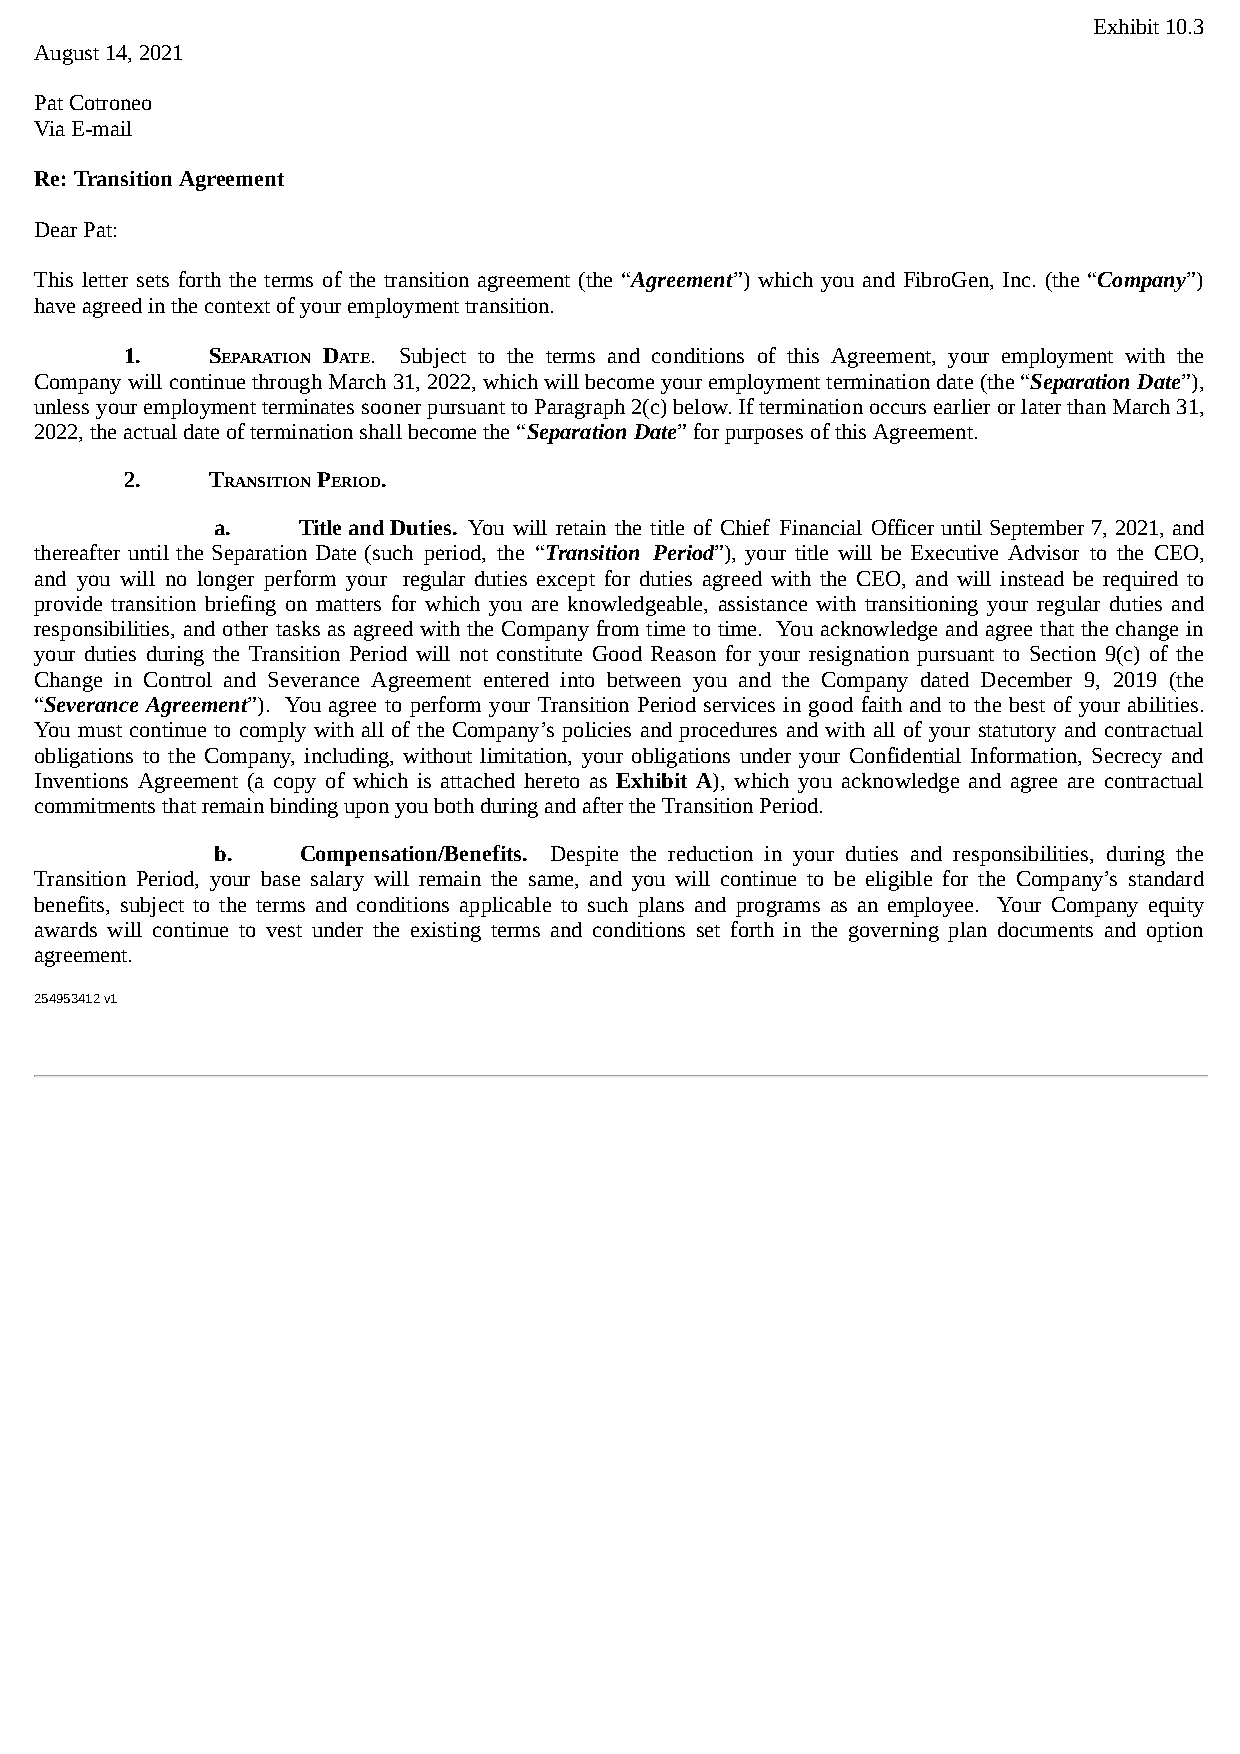
Exhibit 10.3
 August 14, 2021
 Pat Cotroneo
 Via E-mail
 Re: Transition Agreement
 Dear Pat:
 This letter sets forth the terms of the transition agreement (the “Agreement”) which you and FibroGen, Inc. (the “Company”)
 have agreed in the context of your employment transition.
 1.    SEPARATION DATE. Subject to the terms and conditions of this Agreement, your employment with the
 Company will continue through March 31, 2022, which will become your employment termination date (the “Separation Date”),
 unless your employment terminates sooner pursuant to Paragraph 2(c) below. If termination occurs earlier or later than March 31,
 2022, the actual date of termination shall become the “Separation Date” for purposes of this Agreement.
 2.    TRANSITION PERIOD.
 a.    Title and Duties. You will retain the title of Chief Financial Officer until September 7, 2021, and
 thereafter until the Separation Date (such period, the “Transition Period”), your title will be Executive Advisor to the CEO,
 and you will no longer perform your regular duties except for duties agreed with the CEO, and will instead be required to
 provide transition briefing on matters for which you are knowledgeable, assistance with transitioning your regular duties and
 responsibilities, and other tasks as agreed with the Company from time to time. You acknowledge and agree that the change in
 your duties during the Transition Period will not constitute Good Reason for your resignation pursuant to Section 9(c) of the
 Change in Control and Severance Agreement entered into between you and the Company dated December 9, 2019 (the
 “Severance Agreement”). You agree to perform your Transition Period services in good faith and to the best of your abilities.
 You must continue to comply with all of the Company’s policies and procedures and with all of your statutory and contractual
 obligations to the Company, including, without limitation, your obligations under your Confidential Information, Secrecy and
 Inventions Agreement (a copy of which is attached hereto as Exhibit A), which you acknowledge and agree are contractual
 commitments that remain binding upon you both during and after the Transition Period.
 b.    Compensation/Benefits. Despite the reduction in your duties and responsibilities, during the
 Transition Period, your base salary will remain the same, and you will continue to be eligible for the Company’s standard
 benefits, subject to the terms and conditions applicable to such plans and programs as an employee. Your Company equity
 awards will continue to vest under the existing terms and conditions set forth in the governing plan documents and option
 agreement.
 254953412 v1